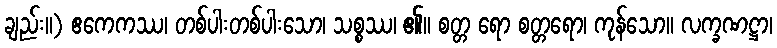
ချည်း။) ဧကေကဿ၊ တစ်ပါးတစ်ပါးသော၊ သစ္စဿ၊ ၏။ စတ္တ ရော စတ္တရော၊ ကုန်သော။ လက္ခဏဋ္ဌာ၊